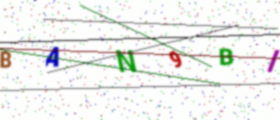
Text: BAN9BI